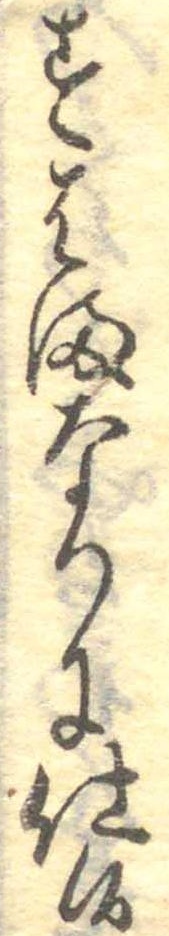
すはまなりに仕候